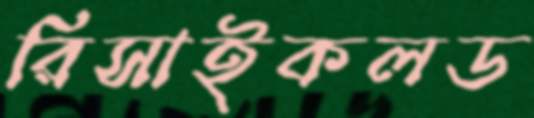
রিসাইকলড